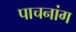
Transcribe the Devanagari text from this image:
पाचनांग